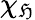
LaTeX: \chi_{\mathfrak{H}}